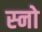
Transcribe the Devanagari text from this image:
स्‍नो